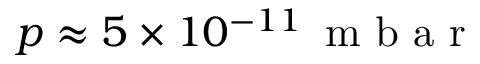
p \approx 5 \times 1 0 ^ { - 1 1 } \, \mathrm { ~ m ~ b ~ a ~ r ~ }